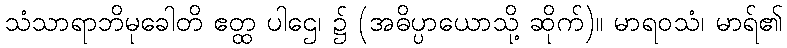
သံသာရာဘိမုခေါတိ ဧတ္ထ ပါဌေ၊ ၌ (အဓိပ္ပာယောသို့ ဆိုက်)။ မာရဝသံ၊ မာရ်၏